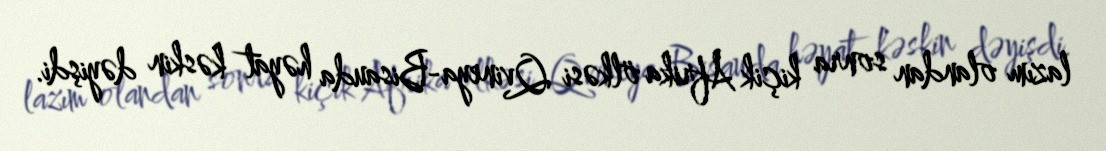
lazım olandan sonra kiçik Afrika ölkəsi Qvineya-Bisauda həyat kəskin dəyişdi.